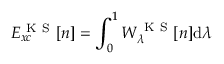
E _ { x c } ^ { \mathrm { ~ K ~ S ~ } } [ n ] = \int _ { 0 } ^ { 1 } W _ { \lambda } ^ { \mathrm { ~ K ~ S ~ } } [ n ] \mathrm { d } \lambda